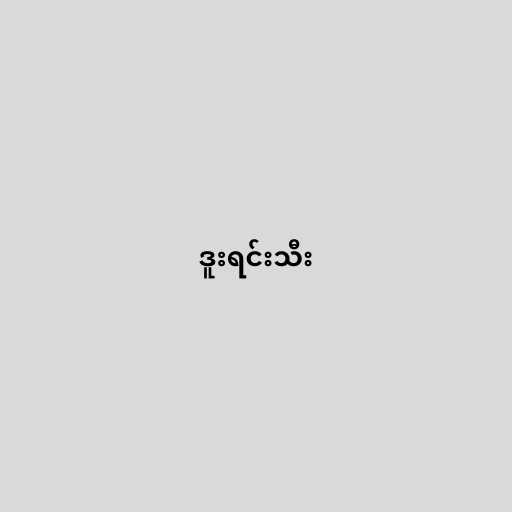
ဒူးရင်းသီး